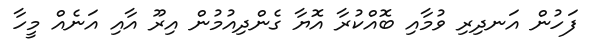
ފަހުން އަނދިރި ވުމާއި ބޮއްކުރާ އޮޔާ ގެންދިއުމުން އިރޫ އާއި އަނެއް މީހާ